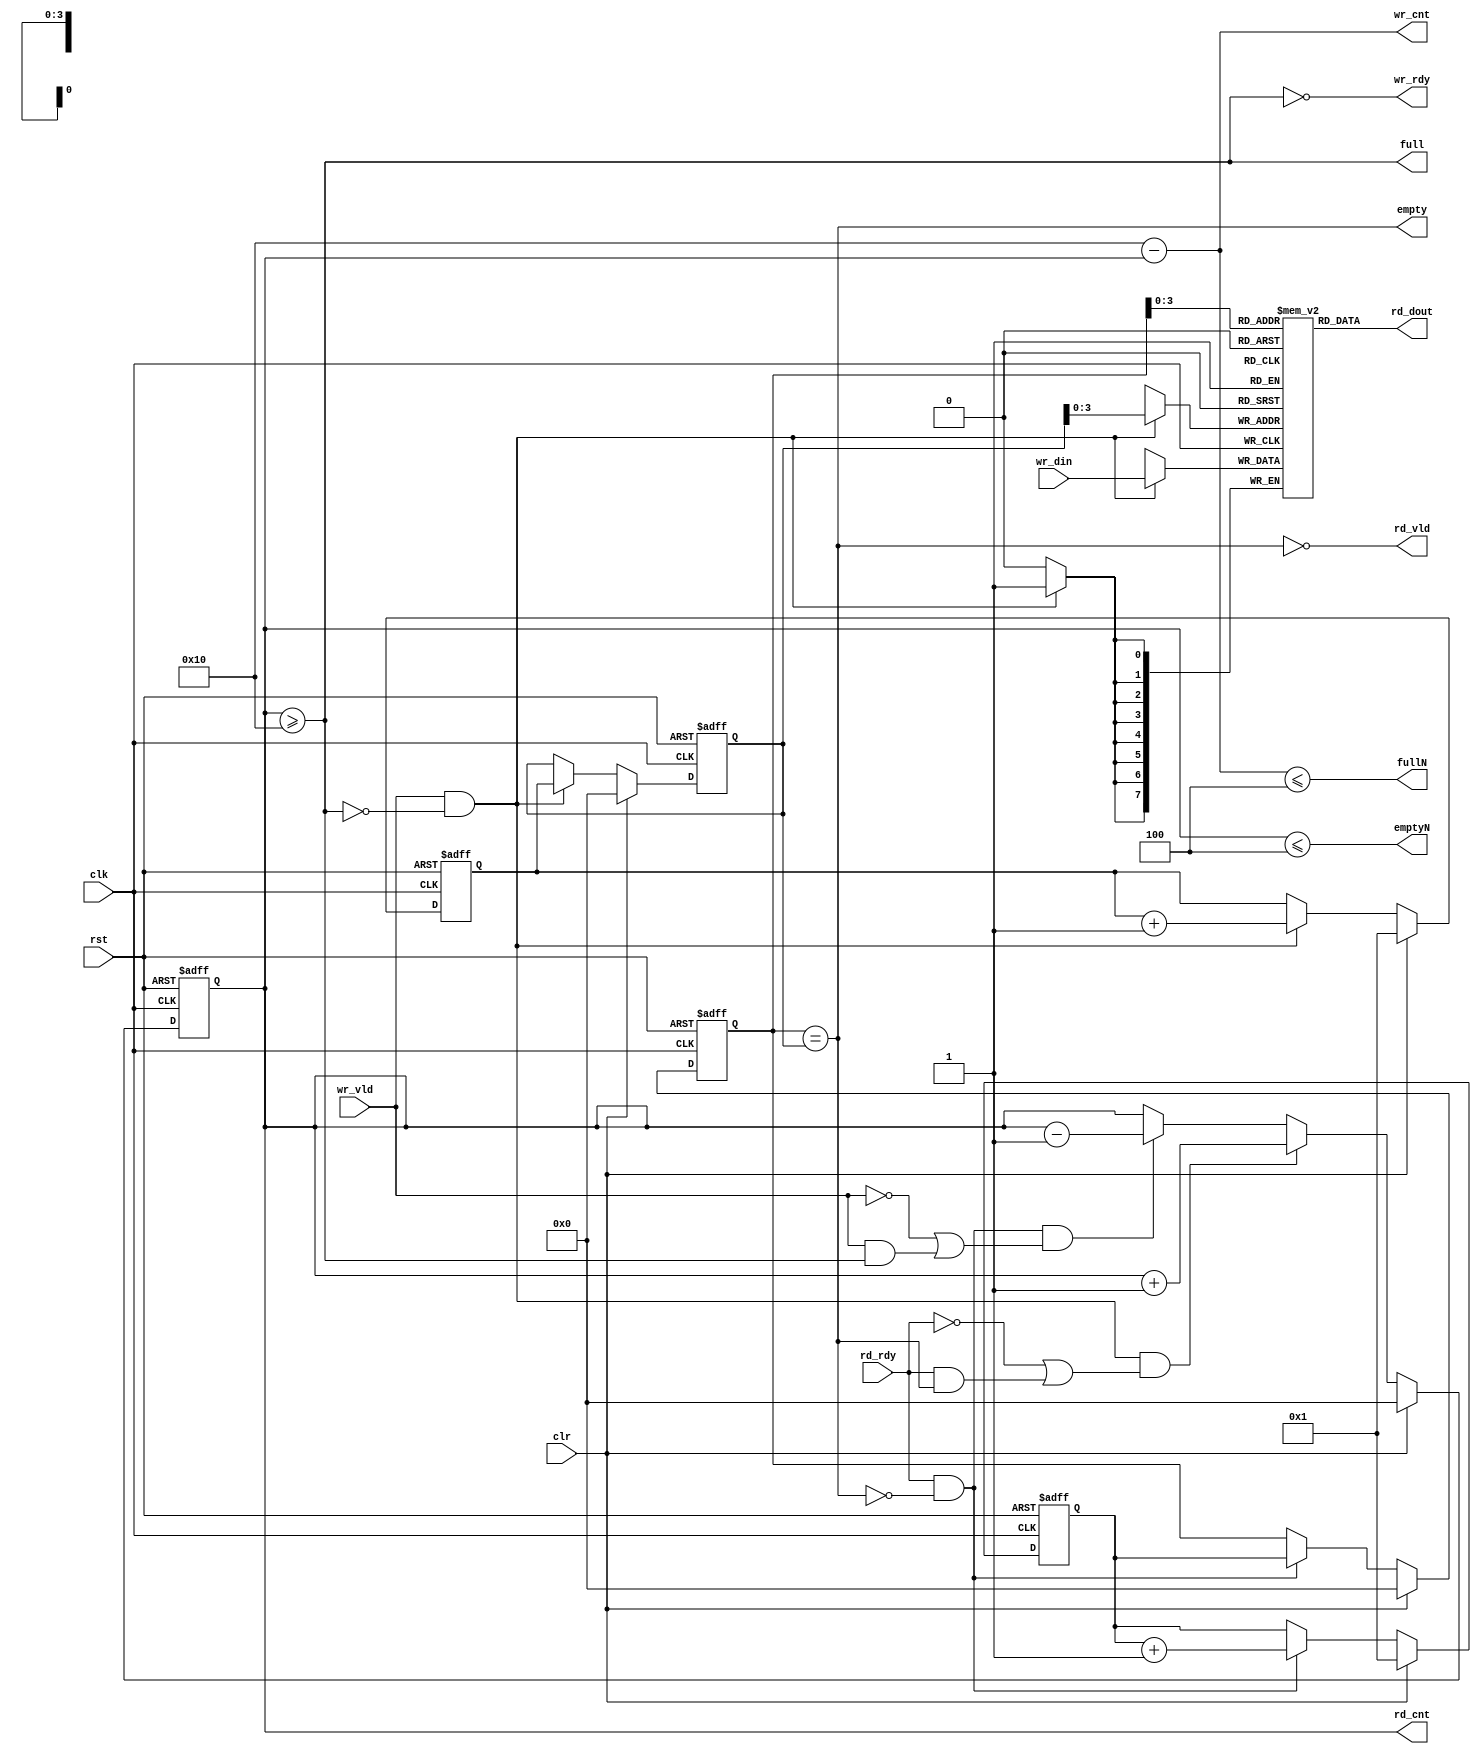
//----------------------------------------------------------------
// Copyright (c) 2008-2010-2012 by Ando Ki.
// All right reserved.
//----------------------------------------------------------------
// Synchronous FIFO
//----------------------------------------------------------------
// MACROS and PARAMETERS
//----------------------------------------------------------------
// Features
//    * ready-valid handshake protocol
//    * lookahead full and empty -- see fullN and emptyN
//    * First-Word Fall-Through, but rd_vld indicates its validity
//----------------------------------------------------------------
// Operation
//    * data moves when both ready(rdy) and valid(vld) is high.
//    * ready(rdy) means the receiver is ready to accept data.
//    * valid(vld) means the data is valid on 'data'.
//----------------------------------------------------------------
//               __     ___     ___     ___     ___
//   clk           |___|   |___|   |___|   |___|
//               _______________________________
//   wr_rdy     
//                      _______________ 
//   wr_vld      ______|       ||      |___________  
//                      _______  ______
//   wr_din      XXXXXXX__D0___XX__D1__XXXX
//               ______________                         ___
//   empty                     |_______________________|
//                                      _______________ 
//   rd_rdy      ______________________|               |___
//                                      _______________
//   rd_vld      ______________________|       ||      |___
//                                      ________ _______
//   rd_dout     XXXXXXXXXXXXXXXXXXXXXXX__D0____X__D1___XXXX
//
//   full        __________________________________________
//
//----------------------------------------------------------------
`timescale 1ns/1ns

module ahb2ahb_fifo #(parameter FDW =8,  // fifof data width
                                FAW =4,  // num of entries in 2 to the power FAW
                                FULN=4)  // lookahead-full
(
       input   wire           rst // asynchronous reset (active high)
     , input   wire           clr // synchronous reset (active high)
     , input   wire           clk
     , output  wire           wr_rdy
     , input   wire           wr_vld
     , input   wire [FDW-1:0] wr_din
     , input   wire           rd_rdy
     , output  wire           rd_vld
     , output  wire [FDW-1:0] rd_dout
     , output  wire           full
     , output  wire           empty
     , output  wire           fullN  // lookahead full: there are only N rooms in the FIFO
     , output  wire           emptyN // lookahead empty: there are only N items in the FIFO
     , output  reg  [FAW:0]   rd_cnt // num of elements in the FIFO to be read
     , output  wire [FAW:0]   wr_cnt // num of rooms in the FIFO to be written
);
   //---------------------------------------------------
   localparam FDT = 1<<FAW;
   //---------------------------------------------------
   reg  [FAW:0]   fifo_head = 0; // where data to be read
   reg  [FAW:0]   fifo_tail = 0; // where data to be written
   reg  [FAW:0]   next_tail;
   reg  [FAW:0]   next_head;
   wire [FAW-1:0] read_addr = (rd_vld&rd_rdy) ? next_head[FAW-1:0] : fifo_head[FAW-1:0];
   //---------------------------------------------------
   // accept input
   // push data item into the entry pointed by fifo_tail
   //
   always @(posedge clk or posedge rst) begin
      if (rst) begin
          fifo_tail <= 0;
          next_tail <= 1;
      end else if (clr) begin
          fifo_tail <= 0;
          next_tail <= 1;
      end else begin
          if (!full && wr_vld) begin
              fifo_tail <= next_tail;
              next_tail <= next_tail + 1;
          end 
      end
   end
   //---------------------------------------------------
   // provide output
   // pop data item from the entry pointed by fifo_head
   //
   always @(posedge clk or posedge rst) begin
      if (rst) begin
          fifo_head <= 0;
          next_head <= 1;
      end else if (clr) begin
          fifo_head <= 0;
          next_head <= 1;
      end else begin
          if (!empty && rd_rdy) begin
              fifo_head <= next_head;
              next_head <= next_head + 1;
          end
      end
   end
   //---------------------------------------------------
   // how many items in the FIFO
   always @(posedge clk or posedge rst) begin
      if (rst) begin
         rd_cnt <= 0;
      end else if (clr) begin
         rd_cnt <= 0;
      end else begin
         if (wr_vld&&!full&&(!rd_rdy||(rd_rdy&&empty))) begin
             rd_cnt <= rd_cnt + 1;
         end else
         if (rd_rdy&&!empty&&(!wr_vld||(wr_vld&&full))) begin
             rd_cnt <= rd_cnt - 1;
         end
      end
   end
   //---------------------------------------------------
   assign wr_cnt = FDT-rd_cnt;
   assign rd_vld = ~empty;
   assign wr_rdy = ~full;
   assign empty  = (fifo_head == fifo_tail);
   assign full   = (rd_cnt>=FDT);
   //---------------------------------------------------
   assign fullN  = (wr_cnt<=FULN);
   assign emptyN = (rd_cnt<=FULN);
   //---------------------------------------------------
   // synopsys translate_off
`ifdef RIGOR
   //always @ (posedge clk) begin
   //    if (full) $display($time,,"%m: synchronous fifo full.....");
   //end
   always @(negedge clk or posedge rst) begin
      if (!rst&&!clr) begin
          if ((rd_cnt==0)&&(!empty))
             $display($time,, "%m: empty flag mis-match: %d", rd_cnt);
          if ((rd_cnt==FDT)&&(!full))
             $display($time,, "%m: full flag mis-match: %d", rd_cnt);
          if (rd_cnt>FDT)
             $display($time,, "%m: fifo handling error: rd_cnt>FDT %d:%d", rd_cnt, FDT);
          if ((rd_cnt+wr_cnt)!=FDT)
             $display($time,, "%m: count mis-match: rd_cnt:wr_cnt %d:%d", rd_cnt, wr_cnt);
      end
   end
`endif
   // synopsys translate_on
   //---------------------------------------------------
   reg [FDW-1:0] Mem [0:FDT-1];
   assign rd_dout  = Mem[fifo_head[FAW-1:0]];
   always @(posedge clk) begin
       if (!full && wr_vld) begin
           Mem[fifo_tail[FAW-1:0]] <= wr_din;
       end
   end
   //---------------------------------------------------
endmodule
//----------------------------------------------------------------
// Revision History
//
// 2011.03.03: 'fullN' changed by Ando Ki.
// 2010.08.18: 'dpsram_512x32' added by Ando Ki.
// 2010.08.17: 'xilinx_dpram' added by Ando Ki.
// Sept. 23, 2008: 'clr' (synchronous reset) added [adki]
// May   05, 2008: ready-valid protocol [adki]
// April 18, 2008: tested and passed [adki]
// April 10, 2008: port names changed [adki]
// March 28, 2008: emptyN added [adki]
// Jan.  29, 2008: Starting [adki]
//----------------------------------------------------------------
// $Log$
// 2008: Created by Ando Ki (adki@future-ds.com)
// This code is distributed in the hope that it
// will be useful to understand Future Design Systmes'
// products, BUT WITHOUT ANY WARRANTY.
// $EndLog$
//----------------------------------------------------------------